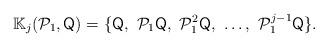
LaTeX: \begin{align*}\mathbb{K}_{j}( \mathcal{P}_1, \mathsf{Q})= \{ \mathsf{Q}, \ \mathcal{P}_1 \mathsf{Q}, \ \mathcal{P}_1^{2} \mathsf{Q}, \ \ldots, \ \mathcal{P}_1^{j-1} \mathsf{Q} \}.\end{align*}